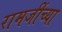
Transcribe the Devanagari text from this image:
रामजींच्या